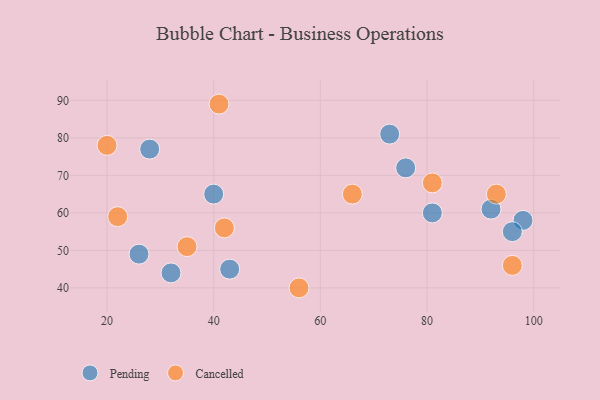
{"axis": {"x": "GDP", "y": "Life Expectancy"}, "legend": ["Cancelled", "Pending"], "data": [{"x": "81", "y": 60, "type": "Pending"}, {"x": "32", "y": 44, "type": "Pending"}, {"x": "76", "y": 72, "type": "Pending"}, {"x": "40", "y": 65, "type": "Pending"}, {"x": "98", "y": 58, "type": "Pending"}, {"x": "26", "y": 49, "type": "Pending"}, {"x": "28", "y": 77, "type": "Pending"}, {"x": "96", "y": 55, "type": "Pending"}, {"x": "43", "y": 45, "type": "Pending"}, {"x": "73", "y": 81, "type": "Pending"}, {"x": "92", "y": 61, "type": "Pending"}, {"x": "96", "y": 46, "type": "Cancelled"}, {"x": "35", "y": 51, "type": "Cancelled"}, {"x": "93", "y": 65, "type": "Cancelled"}, {"x": "81", "y": 68, "type": "Cancelled"}, {"x": "56", "y": 40, "type": "Cancelled"}, {"x": "42", "y": 56, "type": "Cancelled"}, {"x": "41", "y": 89, "type": "Cancelled"}, {"x": "22", "y": 59, "type": "Cancelled"}, {"x": "20", "y": 78, "type": "Cancelled"}, {"x": "66", "y": 65, "type": "Cancelled"}]}